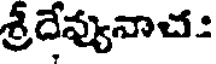
శ్రీదేవ్యునాచ: